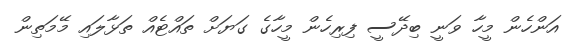
އަންހެން މީހާ ވަނީ ބިދޭސީ ފިރިހެން މީހާގެ ގަޔަށް ތައްޓެއް ތަޅާލައި މޭމަތިން